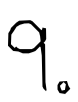
Text: 9.
Cross-out: clean
Writing tool: digital_black